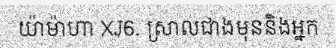
យ៉ាម៉ាហា XJ6. ស្រាលជាងមុននិងអ្នក